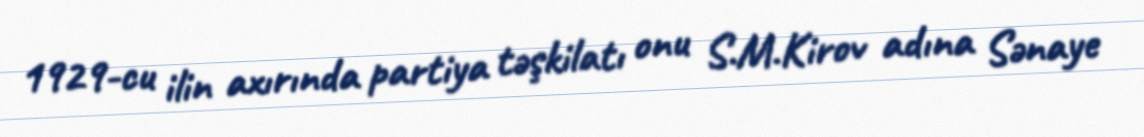
1929-cu ilin axırında partiya təşkilatı onu S.M.Kirov adına Sənaye